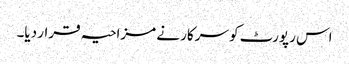
اس رپورٹ کو سرکار نے مزاحیہ قرار دیا۔